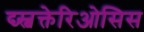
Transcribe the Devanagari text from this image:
द्य्स्बक्तेरिओसिस